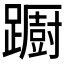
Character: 𨆼